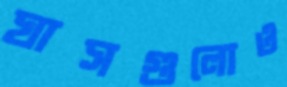
ঘাসগুলোও